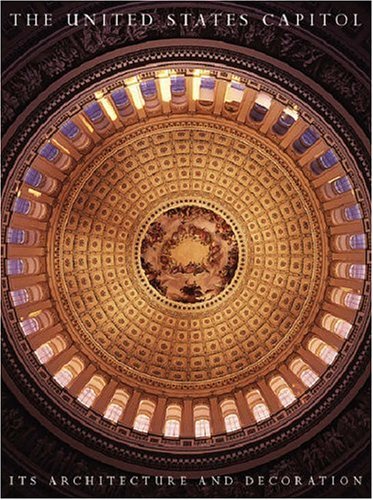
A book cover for The United States Capitol: Its Architecture and Decoration; Henry Hope Reed; Arts & Photography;